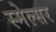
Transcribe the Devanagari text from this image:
स्मेल्सर